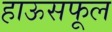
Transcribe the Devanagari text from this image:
हाऊसफूल